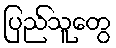
ပြည်သူတွေ